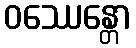
ဝဿေန္တော